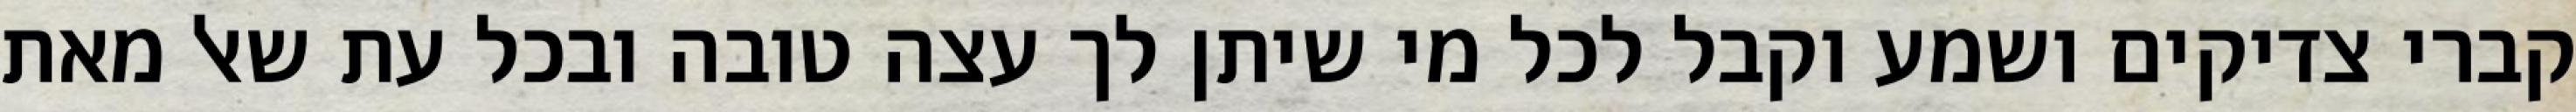
קברי צדיקים ושמע וקבל לכל מי שיתן לך עצה טובה ובכל עת שאל מאת